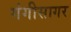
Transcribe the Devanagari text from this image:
गंगीसागर